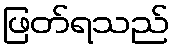
ဖြတ်ရသည်